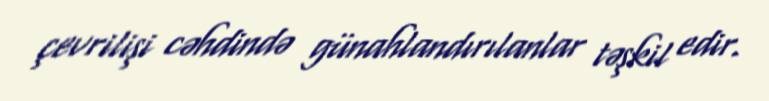
çevrilişi cəhdində günahlandırılanlar təşkil edir.